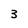
Character: 3